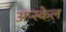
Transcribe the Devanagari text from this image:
अप्स्केल